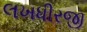
લખધીરજી